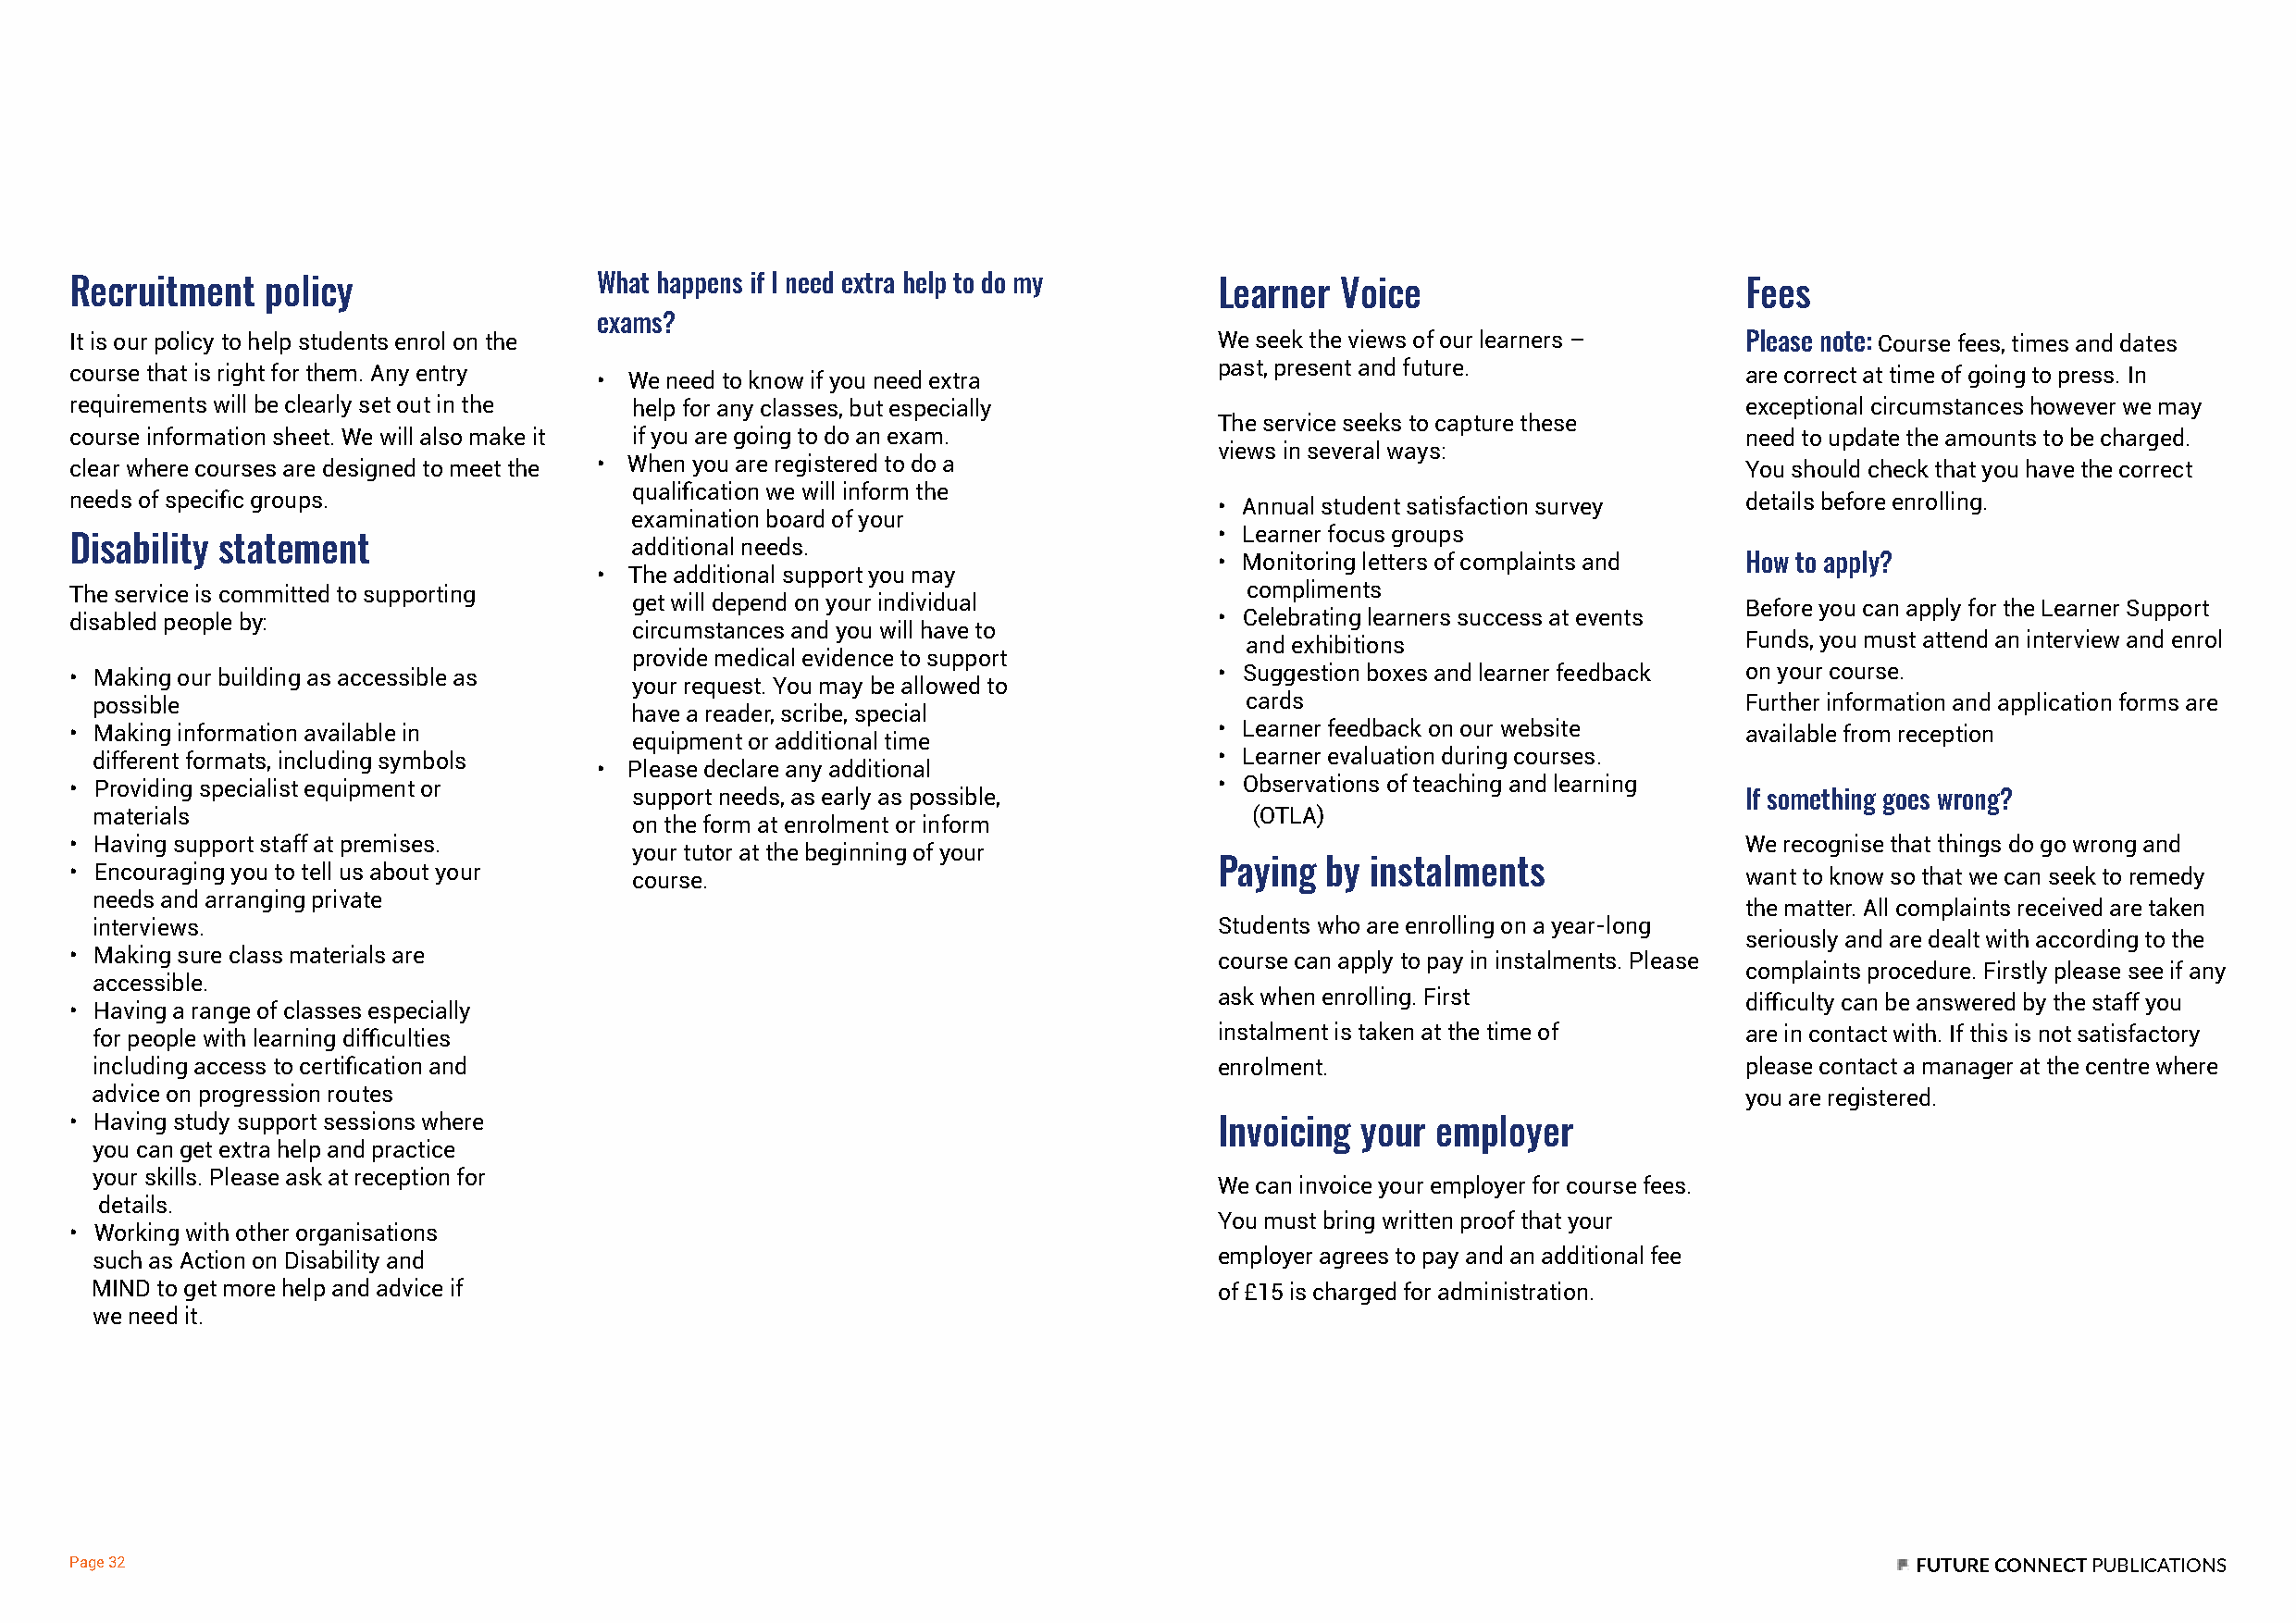
Recruitment   policy                  What happens if I need extra help to do my  Learner  Voice                        Fees
 exams?
 It is our policy to help students enrol on the                                    We seek the views of our learners –   Please note: Course fees, times and dates
 past, present and future.
 course that is right for them. Any entry • We need to know if you need extra                                            are correct at time of going to press. In
 requirements will be clearly set out in the help for any classes, but especially                                        exceptional circumstances however we may
 The service seeks to capture these
 course information sheet. We will also make it if you are going to do an exam.                                          need to update the amounts to be charged.
 views in several ways:
 clear where courses are designed to meet the • When you are registered to do a                                          You should check that you have the correct
 qualification we will inform the
 needs of specific groups.                                                         • Annual student satisfaction survey  details before enrolling.
 examination board of your
 • Learner focus groups
 Disability statement                    additional needs.
 • Monitoring letters of complaints and How to apply?
 • The additional support you may
 The service is committed to supporting                                              compliments
 get will depend on your individual                                              Before you can apply for the Learner Support
 disabled people by:                                                               • Celebrating learners success at events
 circumstances and you will have to
 and exhibitions                     Funds, you must attend an interview and enrol
 provide medical evidence to support
 • Making our building as accessible as                                            • Suggestion boxes and learner feedback on your course.
 your request. You may be allowed to
 possible                                                                          cards                               Further information and application forms are
 have a reader, scribe, special
 • Making information available in                                                 • Learner feedback on our website     available from reception
 equipment or additional time
 different formats, including symbols                                            • Learner evaluation during courses.
 • Please declare any additional
 • Providing specialist equipment or                                               • Observations of teaching and learning
 support needs, as early as possible,                                            If something goes wrong?
 materials                                                                          (OTLA)
 on the form at enrolment or inform
 • Having support staff at premises.                                                                                     We recognise that things do go wrong and
 your tutor at the beginning of your
 • Encouraging you to tell us about your course.                                   Paying  by instalments                want to know so that we can seek to remedy
 needs and arranging private
 the matter. All complaints received are taken
 interviews.                                                                     Students who are enrolling on a year-long
 seriously and are dealt with according to the
 • Making sure class materials are                                                 course can apply to pay in instalments. Please
 complaints procedure. Firstly please see if any
 accessible.
 ask when enrolling. First
 difficulty can be answered by the staff you
 • Having a range of classes especially
 for people with learning difficulties                                           instalment is taken at the time of    are in contact with. If this is not satisfactory
 including access to certification and                                           enrolment.                            please contact a manager at the centre where
 advice on progression routes                                                                                          you are registered.
 • Having study support sessions where
 Invoicing your  employer
 you can get extra help and practice
 your skills. Please ask at reception for
 We can invoice your employer for course fees.
 details.
 You must bring written proof that your
 • Working with other organisations
 such as Action on Disability and                                                employer agrees to pay and an additional fee
 MIND to get more help and advice if                                             of £15 is charged for administration.
 we need it.
 Page 32                                                                                                                             FUTURE CONNECT PUBLICATIONS